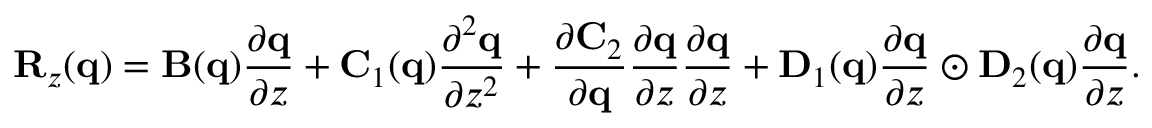
\mathbf { R } _ { z } ( \mathbf { q } ) = \mathbf { B } ( \mathbf { q } ) \frac { \partial \mathbf { q } } { \partial z } + \mathbf { C } _ { 1 } ( \mathbf { q } ) \frac { \partial ^ { 2 } \mathbf { q } } { \partial z ^ { 2 } } + \frac { \partial \mathbf { C } _ { 2 } } { \partial \mathbf { q } } \frac { \partial \mathbf { q } } { \partial z } \frac { \partial \mathbf { q } } { \partial z } + \mathbf { D } _ { 1 } ( \mathbf { q } ) \frac { \partial \mathbf { q } } { \partial z } \odot \mathbf { D } _ { 2 } ( \mathbf { q } ) \frac { \partial \mathbf { q } } { \partial z } .